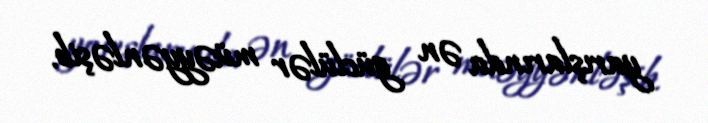
yarışlarında ən güclülər müəyyənləşib.